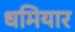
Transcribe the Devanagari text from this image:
धमियार